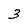
Character: 3